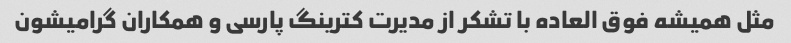
مثل همیشه فوق العاده با تشکر از مدیرت کترینگ پارسی و همکاران گرامیشون